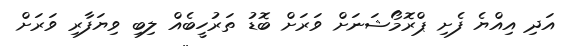
އަދި އިއްޔެ ފެށި ޕްރޮމޯޝަނަށް ވަރަށް ބޮޑު ތަރުހީބެއް ލިބި ވިޔަފާރި ވަރަށް